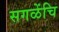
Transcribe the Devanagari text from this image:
सगळेंचि